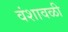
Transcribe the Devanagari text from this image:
वंशावळी